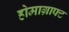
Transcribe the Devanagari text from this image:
होमाग्राफ्ट